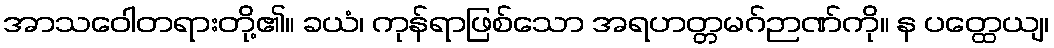
အာသဝေါတရားတို့၏။ ခယံ၊ ကုန်ရာဖြစ်သော အရဟတ္တမဂ်ဉာဏ်ကို။ န ပတ္ထေယျ၊